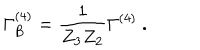
\Gamma _ { \mathrm { B } } ^ { ( 4 ) } = \frac { 1 } { Z _ { 3 } Z _ { 2 } } \Gamma ^ { ( 4 ) } \ .